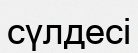
сүлдесі